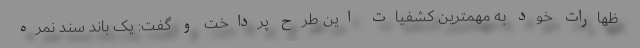
ظهارات خود به مهمترین کشفیات این طرح پرداخت و گفت: یک باند سند نمره